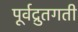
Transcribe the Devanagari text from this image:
पूर्वद्रुतगती